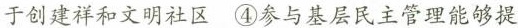
于创建祥和文明社区④参与基层民主管理能够提